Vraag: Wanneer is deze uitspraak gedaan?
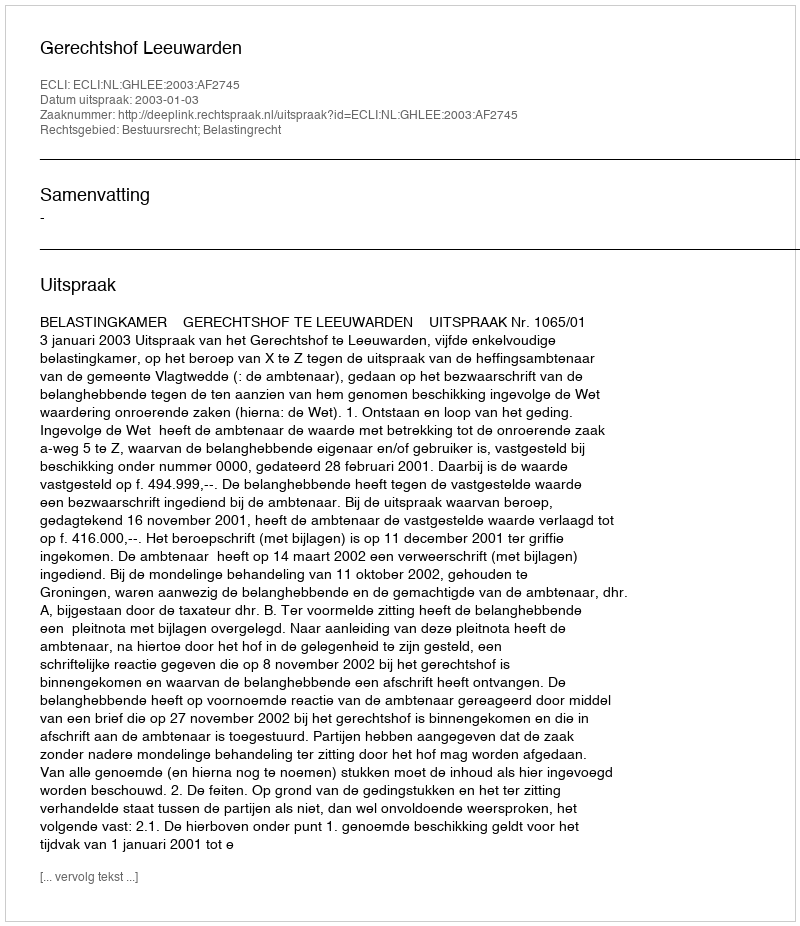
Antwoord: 2003-01-03